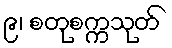
၉၊ စတုစက္ကသုတ်